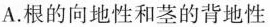
A.根的向地性和茎的背地性